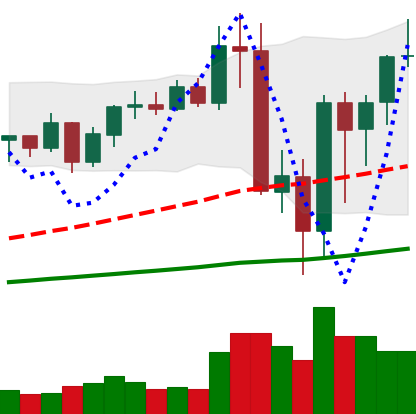
Ticker: BNB-USD
Chart end date: 2020-09-10
Forward return: 10.759%
Label: up_7plus